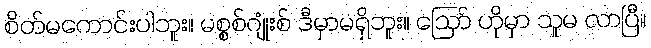
စိတ်မကောင်းပါဘူး။ မစ္စစ်ဂျုံးစ် ဒီမှာမရှိဘူး။ ဪ ဟိုမှာ သူမ လာပြီ။